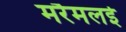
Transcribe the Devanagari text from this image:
मरैमलई